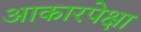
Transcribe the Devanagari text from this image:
आकारपेक्षा